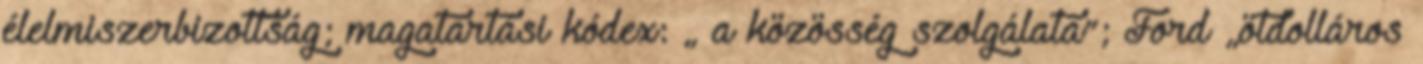
élelmiszerbizottság; magatartási kódex: „ a közösség szolgálata”; Ford „ötdolláros